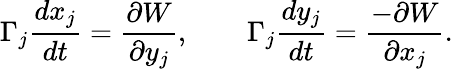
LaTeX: \Gamma_{j}\frac{dx_{j}}{dt}=\frac{\partial W}{\partial y_{j}},\qquad\Gamma_{j}\frac{dy_{j}}{dt}=\frac{-\partial W}{\partial x_{j}}.